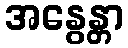
အနွေန္တာ